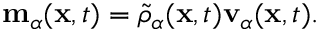
\begin{array} { r } { \mathbf { m } _ { \alpha } ( \mathbf { x } , t ) = \tilde { \rho } _ { \alpha } ( \mathbf { x } , t ) \mathbf { v } _ { \alpha } ( \mathbf { x } , t ) . } \end{array}